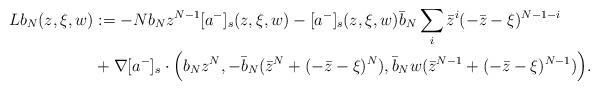
LaTeX: \begin{align*}Lb_N(z,\xi,w)&:=-Nb_Nz^{N-1} [a^-]_s(z,\xi,w)-[a^-]_s(z,\xi,w)\bar b_N\sum_i\bar z^i(-\bar z-\xi)^{N-1-i}\\&+\nabla [a^-]_s\cdot \Bigl(b_Nz^N, -\bar b_N(\bar z^N+(-\bar z-\xi)^N),\bar b_Nw(\bar z^{N-1}+(-\bar z-\xi)^{N-1})\Bigr).\end{align*}